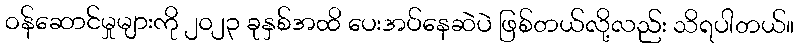
ဝန်ဆောင်မှုများကို ၂၀၂၃ ခုနှစ်အထိ ပေးအပ်နေဆဲပဲ ဖြစ်တယ်လို့လည်း သိရပါတယ်။